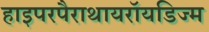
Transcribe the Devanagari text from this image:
हाइपरपैराथायरॉयडिज्म